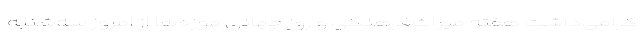
گرامی‌داشت هفته میراث‌فرهنگی و روز جهانی موزه‌ها از امروز سه‌شنبه